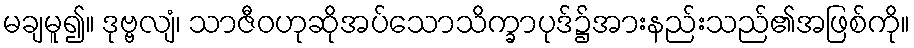
မချမူ၍။ ဒုဗ္ဗလျံ၊ သာဇီဝဟုဆိုအပ်သောသိက္ခာပုဒ်၌အားနည်းသည်၏အဖြစ်ကို။